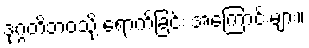
ဒုဂ္ဂတိဘဝသို့ ရောက်ခြင်း အကြောင်းများ။